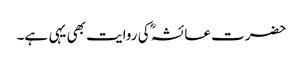
حضرت عائشہؓ کی روایت بھی یہی ہے۔